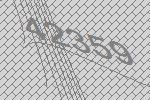
42359